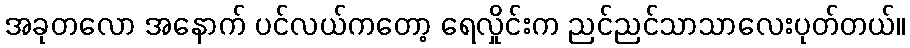
အခုတလော အနောက် ပင်လယ်ကတော့ ရေလှိုင်းက ညင်ညင်သာသာလေးပုတ်တယ်။